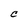
Character: C